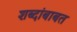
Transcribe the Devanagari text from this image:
शब्दांबाबत